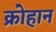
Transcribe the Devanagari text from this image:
क्रोहान